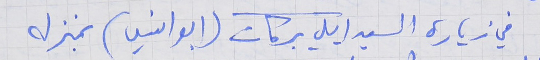
في زيارة السيد ايلي بركات (ابو انسي) بمنزله